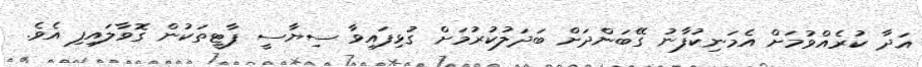
އަދާ ކުރެއްވުމަށް އެމަނިކުފާނު ގޭބަންދަށް ބަދަލުކުރުމަށް ގުޅިފައިވާ ސިޔާސީ ޕާޓީތަކުން ގޮވާލައިފި އެވެ.